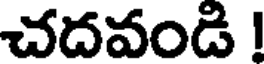
చదవండి !